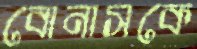
বোনাসকে